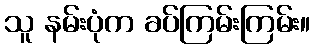
သူ နမ်းပုံက ခပ်ကြမ်းကြမ်း။